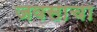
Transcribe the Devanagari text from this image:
जवसाचा